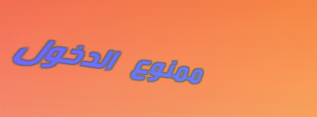
ممنوع الدخول